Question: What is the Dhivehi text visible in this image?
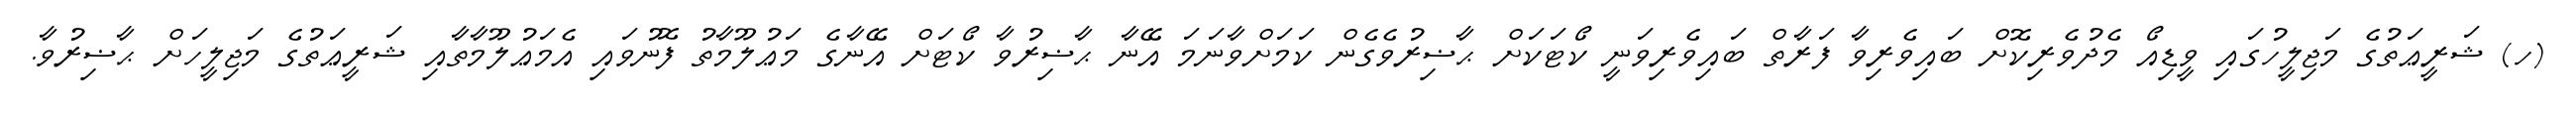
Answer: (ހ) ޝަރީޢަތުގެ މަޖިލީހުގައި ވީޑިއޯ މެދުވެރިކޮށް ބައިވެރިވާ ފަރާތް ބައިވެރިވަނީ ކޯޓަކަށް ޙާޟިރުވެގެން ކަމަށްވާނަމަ އޭނާ ޙާޟިރުވާ ކޯޓަށް އޭނާގެ މަޢުލޫމާތު ފޮނުވައި އެމަޢުލޫމާތާއި ޝަރީޢަތުގެ މަޖިލީހަށް ޙާޟިރުވާ.